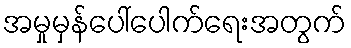
အမှုမှန်ပေါ်ပေါက်ရေးအတွက်